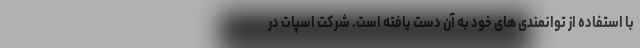
با استفاده از توانمندی های خود به آن دست یافته است. شرکت اسپات در